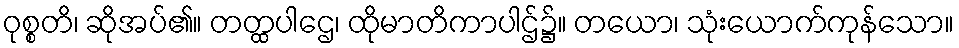
ဝုစ္စတိ၊ ဆိုအပ်၏။ တတ္ထပါဌေ၊ ထိုမာတိကာပါဌ်၌။ တယော၊ သုံးယောက်ကုန်သော။